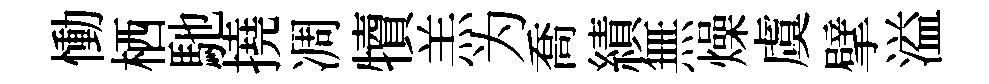
慟栖馳撓凋犢羔为喬績無燥虞擘溢